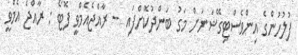
ފުލުހުންގެ އިންވެސްޓިގޭޝަނަށް މަގު ބަންދުކޮށްފައި -- ރާއްޖެއެމްވީ ފޮޓޯ : ރާއްޖެ އެމްވީ